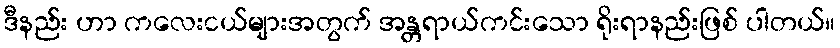
ဒီနည်း ဟာ ကလေးငယ်များအတွက် အန္တရာယ်ကင်းသော ရိုးရာနည်းဖြစ် ပါတယ်။